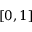
[ 0 , 1 ]